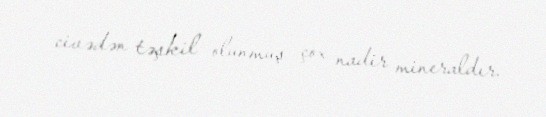
civədən təşkil olunmuş çox nadir mineraldır.